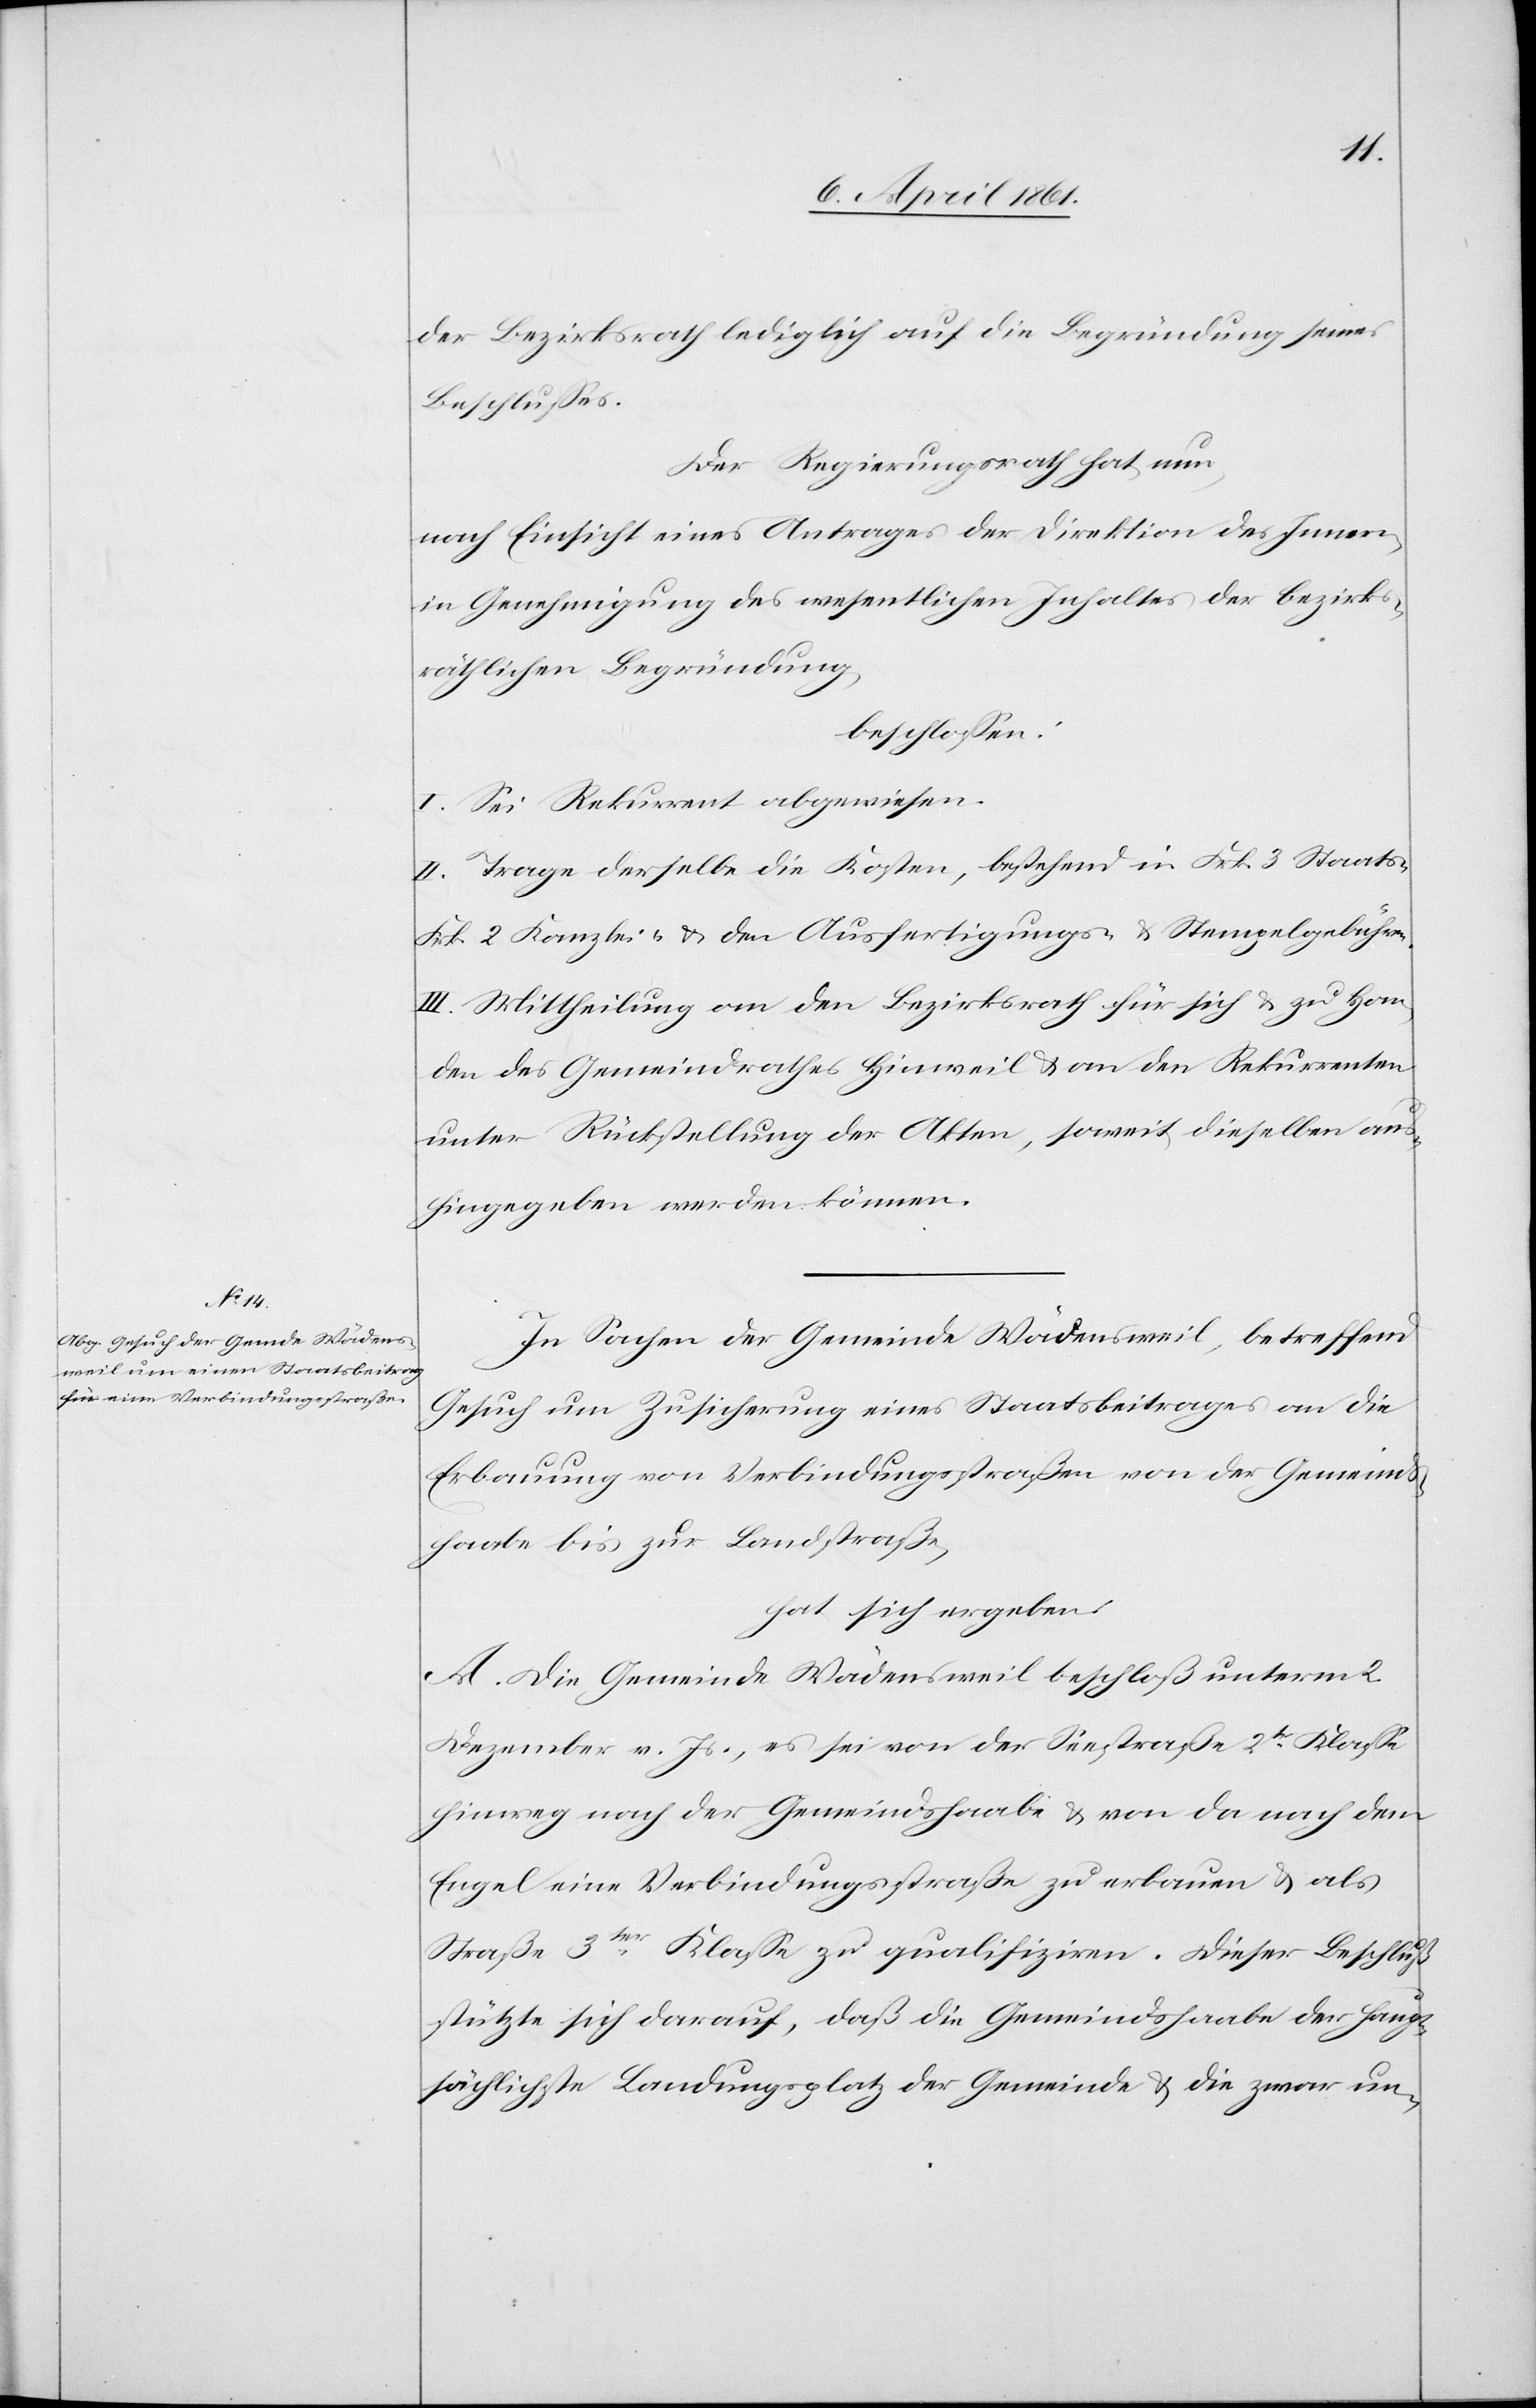
der Bezirksrath lediglich auf die Begründung seines
Beschlusses.
Der Regierungsrath hat nun
nach Einsicht eines Antrages der Direktion des Innern
in Genehmigung des wesentlichen Inhaltes der bezirks¬
räthlichen Begründung,
beschlossen:
I. Sei Rekurrent abgewiesen.
II. Trage derselbe die Kosten, bestehend in Frk. 3 Staats-[,]
Frk. 2 Kanzlei- u. den Ausfertigungs- u. Stempelgebühren.
III. Mittheilung an den Bezirksrath für sich u. zu Han¬
den des Gemeindrathes Hinweil u. an den Rekurrenten
unter Rückstellung der Akten, soweit dieselben aus¬
hingegeben werden können.
In Sachen der Gemeinde Wädensweil, betreffend
Gesuch um Zusicherung eines Staatsbeitrages an die
Erbauung von Verbindungsstraßen von der Gemeinds¬
haabe bis zur Landstraße,
hat sich ergeben:
A. Die Gemeinde Wädensweil beschloß unterm 2.
Dezember v. Js., es sei von der Seestraße 2tr Klasse
hinweg nach der Gemeindshaabe u. von da nach dem
Engel eine Verbindungsstraße zu erbauen u. als
Straße 3ter Klasse zu qualifiziren. Dieser Beschluß
stütze sich darauf, daß die Gemeindshabe der haupt¬
sächlichste Landungsplatz der Gemeinde u. die zwar un-